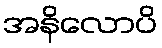
အနိလောပိ